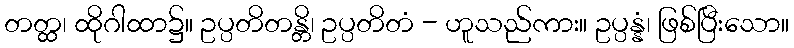
တတ္ထ၊ ထိုဂါထာ၌။ ဥပ္ပတိတန္တိ၊ ဥပ္ပတိတံ - ဟူသည်ကား။ ဥပ္ပန္နံ၊ ဖြစ်ပြီးသော။